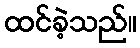
ထင်ခဲ့သည်။